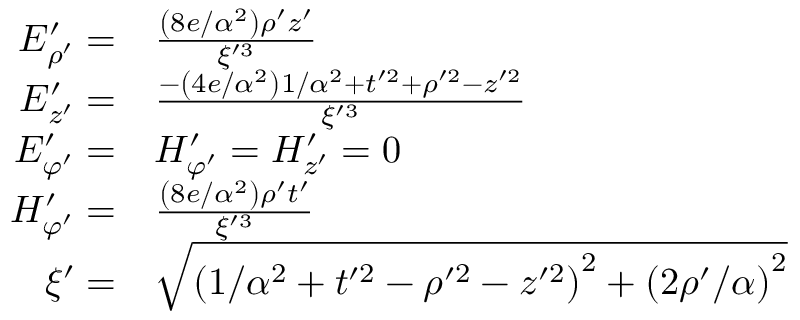
\begin{array} { r l } { E _ { \rho ^ { \prime } } ^ { \prime } = } & { { } { \frac { \left( 8 e / \alpha ^ { 2 } \right) \rho ^ { \prime } z ^ { \prime } } { \xi ^ { \prime 3 } } } } \\ { E _ { z ^ { \prime } } ^ { \prime } = } & { { } { \frac { - \left( 4 e / \alpha ^ { 2 } \right) 1 / \alpha ^ { 2 } + t ^ { \prime 2 } + \rho ^ { \prime 2 } - z ^ { \prime 2 } } { \xi ^ { \prime 3 } } } } \\ { E _ { \varphi ^ { \prime } } ^ { \prime } = } & { { } H _ { \varphi ^ { \prime } } ^ { \prime } = H _ { z ^ { \prime } } ^ { \prime } = 0 } \\ { H _ { \varphi ^ { \prime } } ^ { \prime } = } & { { } { \frac { \left( 8 e / \alpha ^ { 2 } \right) \rho ^ { \prime } t ^ { \prime } } { \xi ^ { \prime 3 } } } } \\ { \xi ^ { \prime } = } & { { } { \sqrt { \left( 1 / \alpha ^ { 2 } + t ^ { \prime 2 } - \rho ^ { \prime 2 } - z ^ { \prime 2 } \right) ^ { 2 } + \left( 2 \rho ^ { \prime } / \alpha \right) ^ { 2 } } } } \end{array}